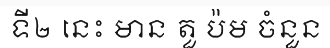
ទី២ នេះ មាន តួ ប៉ម ចំនួន